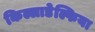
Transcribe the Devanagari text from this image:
किल्लाडेल्फिया